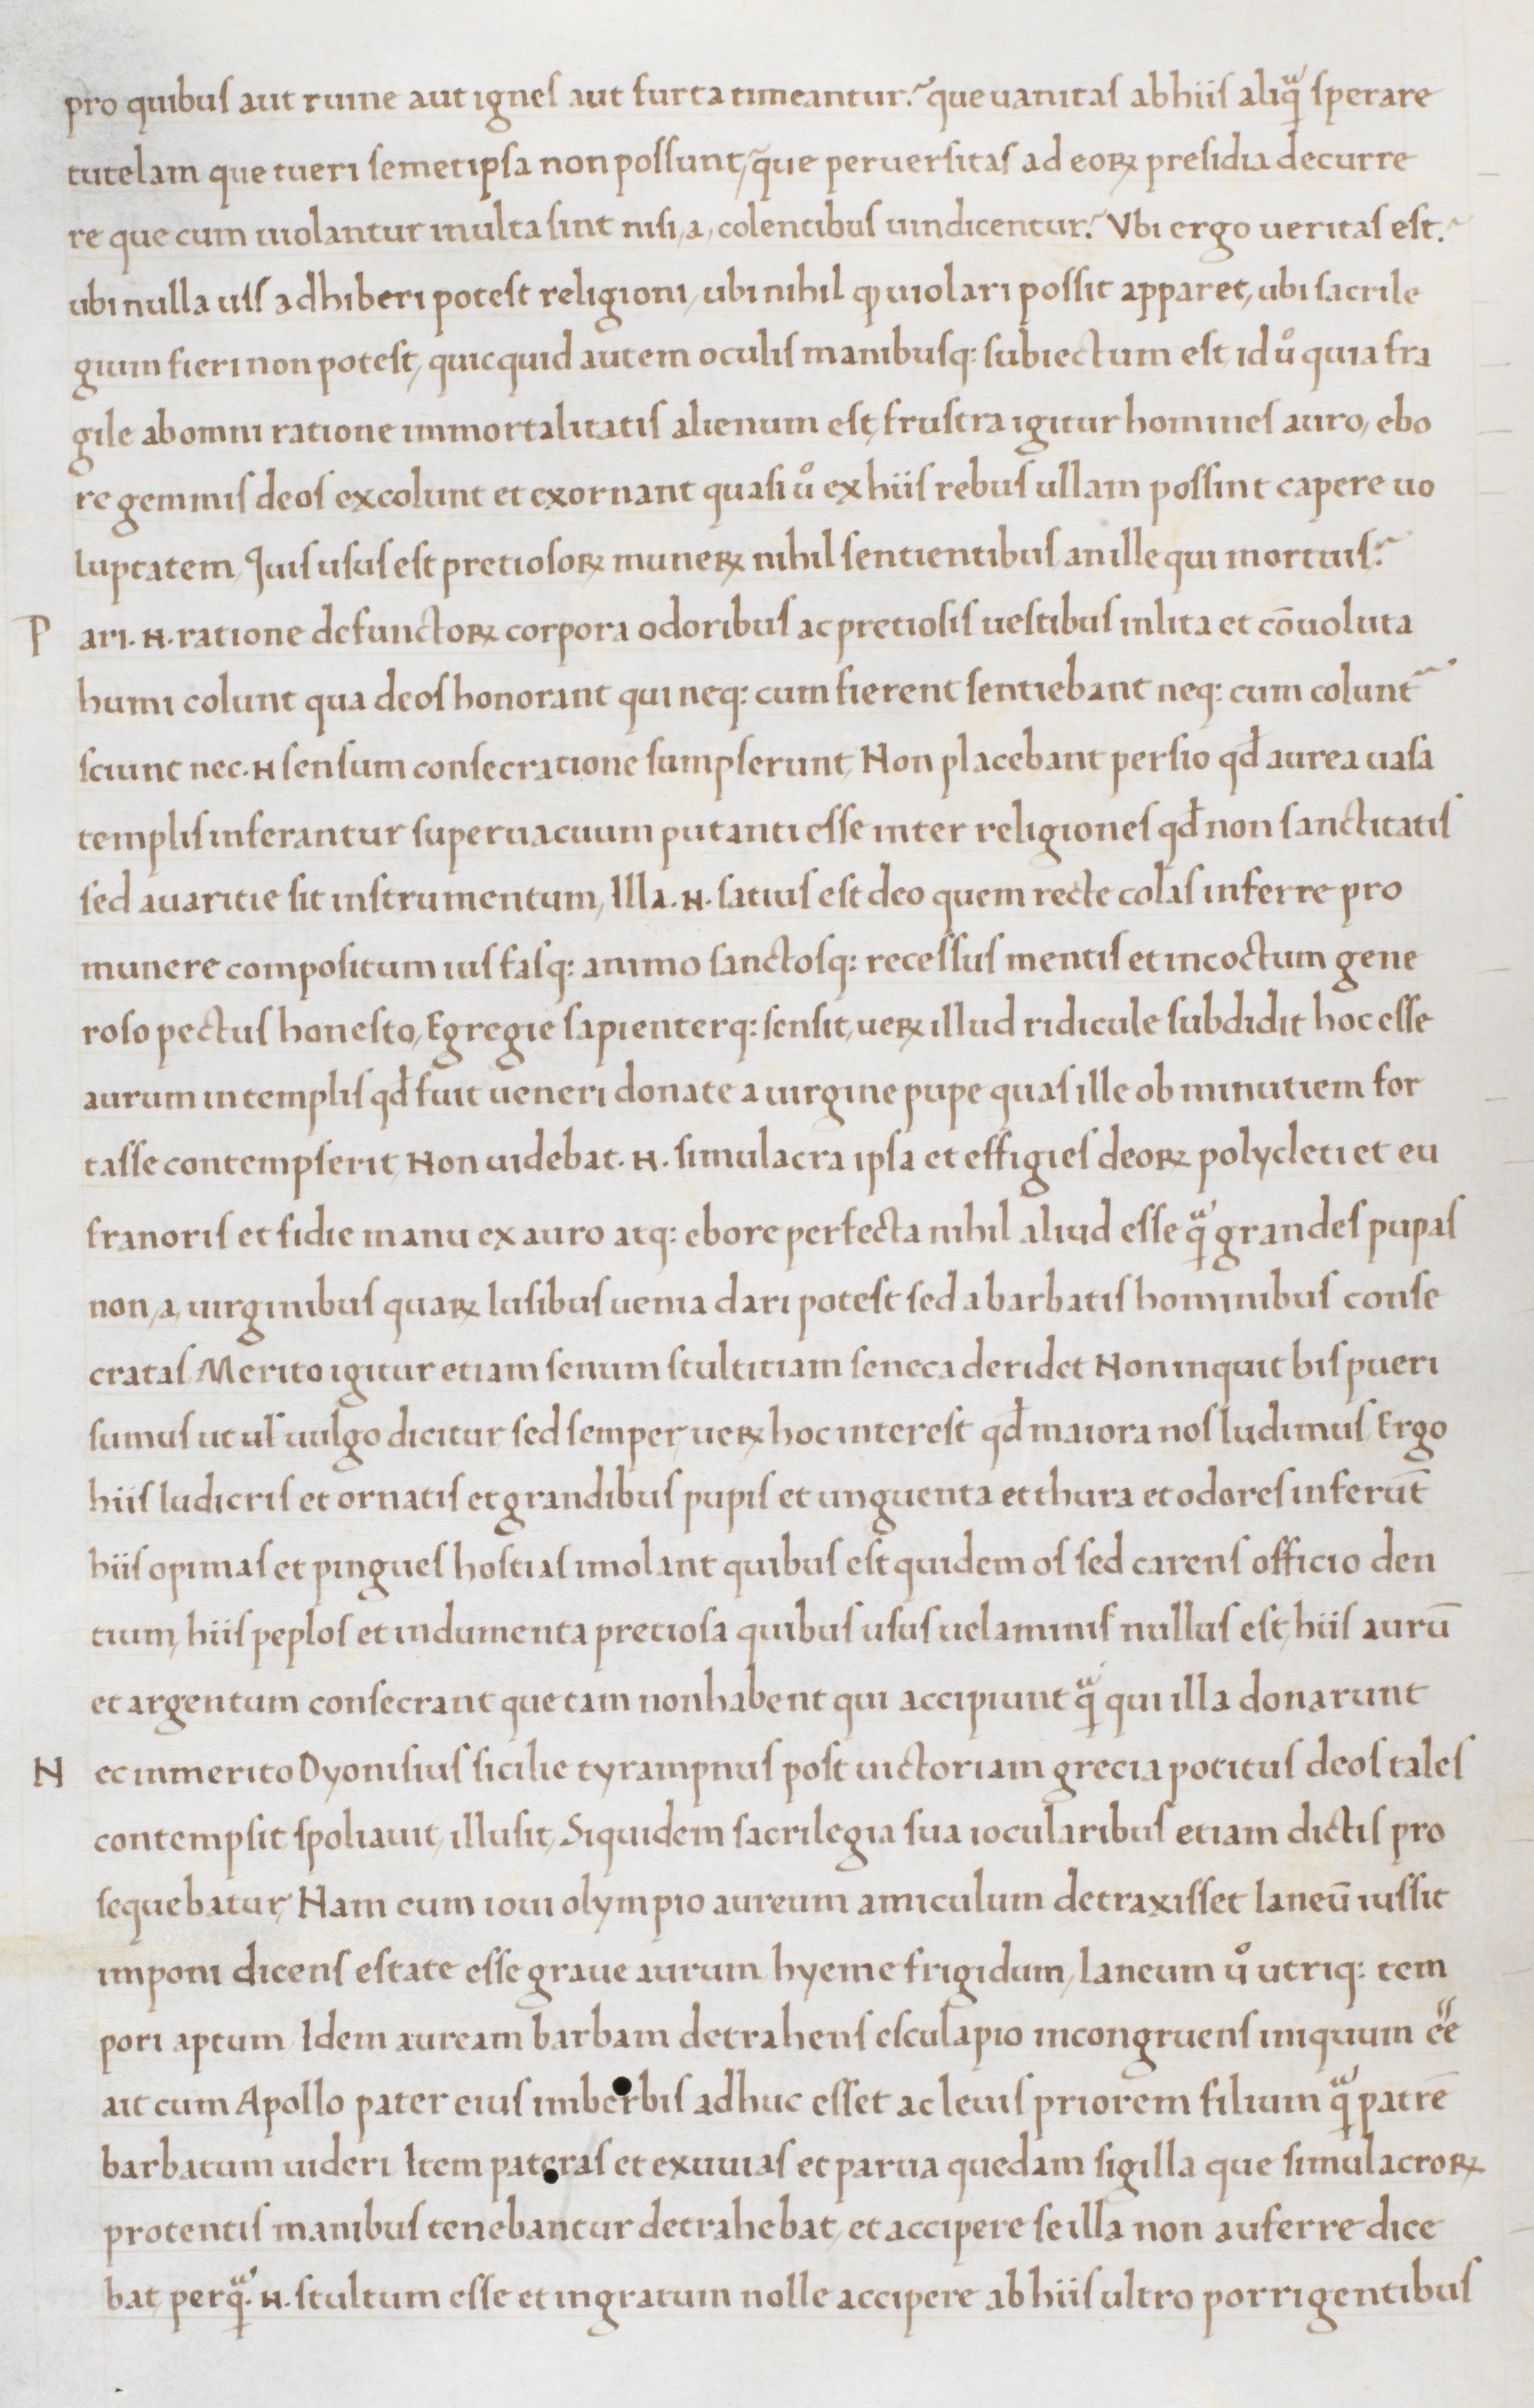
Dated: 1465–1475